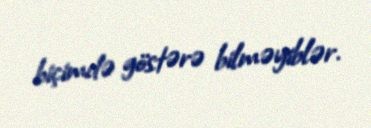
biçimdə göstərə bilməyiblər.